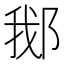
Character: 𬪂